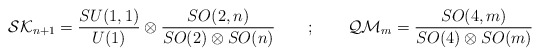
\begin{align*}{\cal SK}_{n+1} = \frac{SU(1,1)}{U(1)} \otimes\frac{SO(2,n)}{SO(2)\otimes SO(n)} \quad \quad ; \quad\quad{\cal QM}_m = \frac{SO(4,m)}{SO(4)\otimes SO(m)}\end{align*}